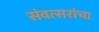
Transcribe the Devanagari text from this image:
संवत्सरांचा